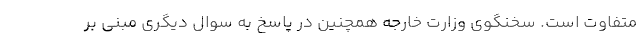
متفاوت است. سخنگوی وزارت خارجه همچنین در پاسخ به سوال دیگری مبنی بر